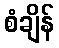
စံချိန်